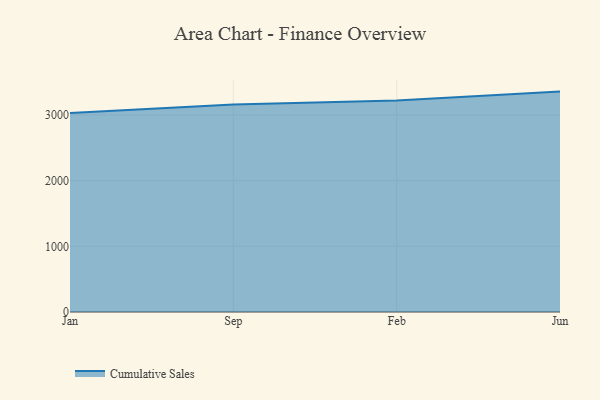
{"axis": {"x": "Month", "y": "Backlog"}, "legend": ["Cumulative Sales"], "data": [{"x": "Jan", "y": 3029.6, "type": "Cumulative Sales"}, {"x": "Sep", "y": 3157.1, "type": "Cumulative Sales"}, {"x": "Feb", "y": 3220.4, "type": "Cumulative Sales"}, {"x": "Jun", "y": 3355.2, "type": "Cumulative Sales"}]}